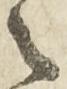
々